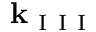
{ \bf k } _ { \mathrm { ~ I ~ I ~ I ~ } }